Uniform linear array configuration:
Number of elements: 24
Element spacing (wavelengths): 1
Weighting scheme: hamming
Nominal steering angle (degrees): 60
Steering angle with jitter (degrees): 61.452
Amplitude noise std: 0.05
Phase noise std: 0.05

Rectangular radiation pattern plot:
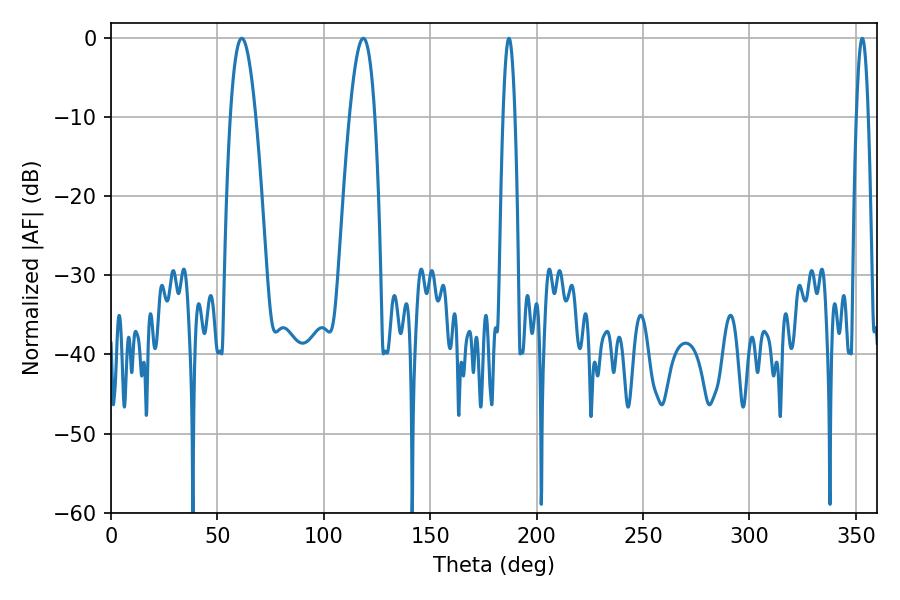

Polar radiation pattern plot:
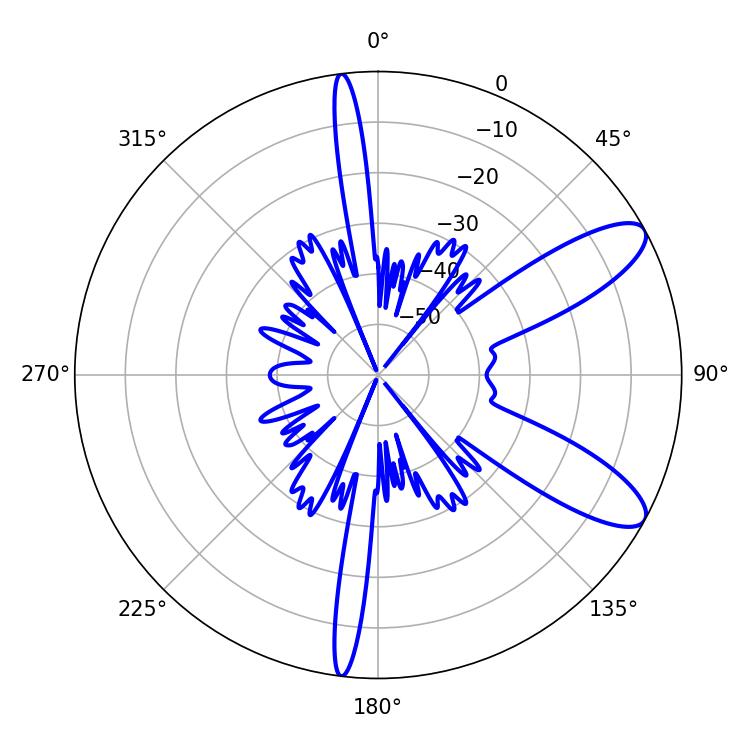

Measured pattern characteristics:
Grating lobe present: TRUE
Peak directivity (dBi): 9.929
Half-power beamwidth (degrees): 6.48
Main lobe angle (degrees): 61.38